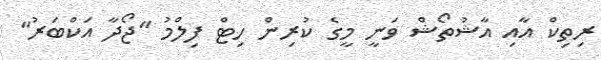
ރިތިކް އާއި އާޝުތޯޝް ވަނީ މީގެ ކުރިން ހިޓް ފިލްމު "ޖޯދާ އަކްބަރު"